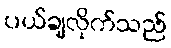
ပယ်ချလိုက်သည်